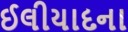
ઈલીયાદના